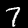
Label: 7